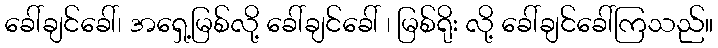
ခေါ်ချင်ခေါ်၊ အရှေ့မြစ်လို့ ခေါ်ချင်ခေါ် ၊ မြစ်ရိုး လို့ ခေါ်ချင်ခေါ်ကြသည်။